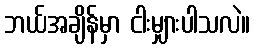
ဘယ်အချိန်မှာ ငါးမျှားပါသလဲ။